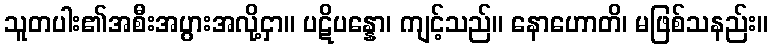
သူတပါး၏အစီးအပွားအလို့ငှာ။ ပဋိပန္နော၊ ကျင့်သည်။ နောဟောတိ၊ မဖြစ်သနည်း။